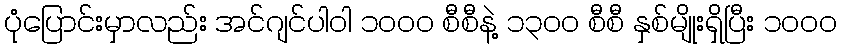
ပုံပြောင်းမှာလည်း အင်ဂျင်ပါဝါ ၁၀၀၀ စီစီနဲ့ ၁၃၀၀ စီစီ နှစ်မျိုးရှိပြီး ၁၀၀၀